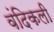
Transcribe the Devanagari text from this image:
वंदिकली